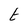
Character: t